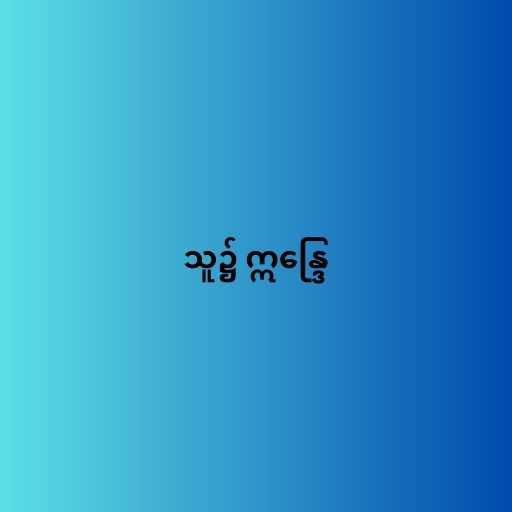
သူ၌ ဣန္ဒြေ